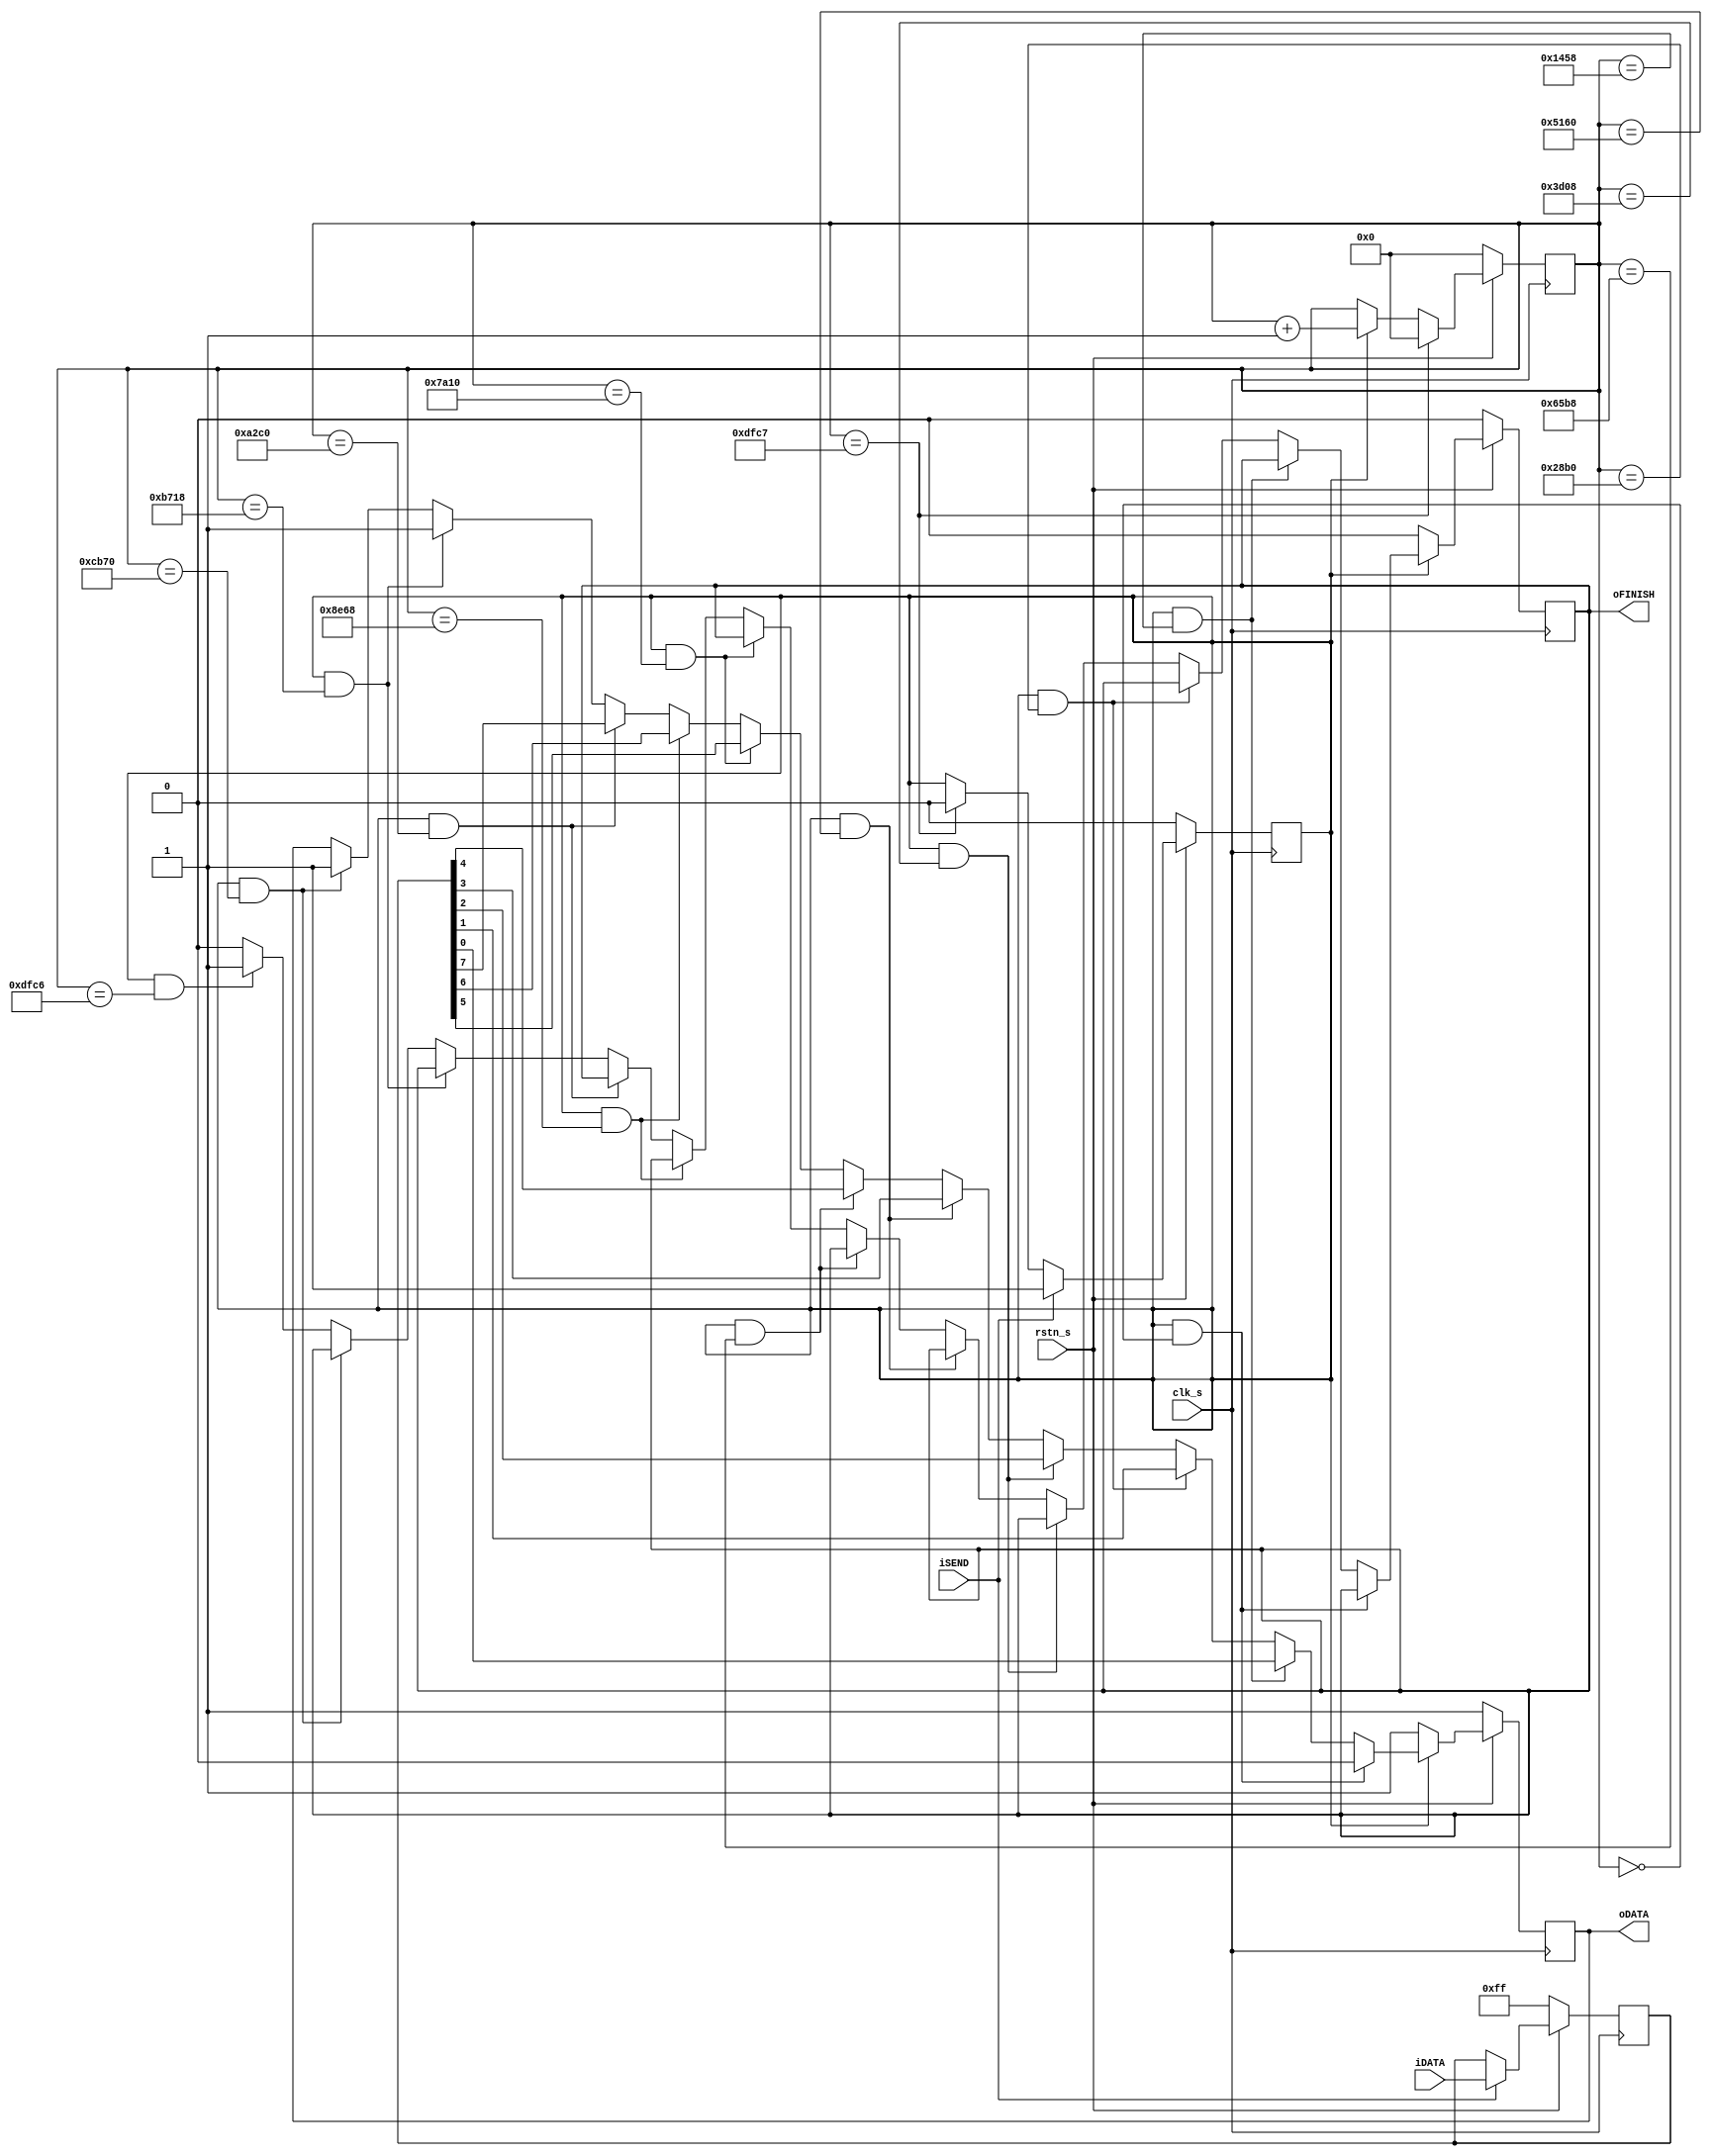
module tx_rs232
(
	input			clk_s	,
	input			rstn_s	,
	input			iSEND	,
	input	[ 7:0]	iDATA	,
	output			oDATA	,
	output			oFINISH	
);
//9600bps 	143MHz 	clkNUM_bit=(1/9600)/7ns		=	14881
//9600bps	100MHz	clkNUM_bit=(1/9600)/10ns	=	10417
//9600bps	 50MHz	clkNUM_bit=(1/9600)/20ns	=	5208
localparam		clkNUM_bit		=	5208	;
//=============== SIM ===========================================
// localparam		clkNUM_bit		=	12				;	//12 clk/bit for SIM
//===============================================================
//UART 0-START [1:8]-DATA 9-EVEN/OOD 10-STOP
//PS:9-EVEN/OOD ALWAYS 1
//Frame: 1F=(1/9600)*11=0.0011458s
localparam		clkNUM_frame	=	clkNUM_bit*11	;
reg				txDATA		;
reg		[ 7:0]	REG_DATA	;
reg		[17:0]	CNT_frame	;	//163691 clk/frame
reg				START_CNT	;
reg				F_SIG		;	//Finish Signal
//===============================================================
always@(posedge clk_s)
begin
	if(!rstn_s)
		begin
			REG_DATA	=	8'hff	;
			START_CNT	=	1'b0	;
		end
	else if(iSEND)
		begin
			REG_DATA	=	iDATA	;
			START_CNT	=	1'b1	;
		end
	else if(CNT_frame == clkNUM_frame - 1'd1)
		START_CNT	=	1'b0	;
end 
//===============================================================
always@(posedge clk_s)
begin
	if(!rstn_s)
		begin
			txDATA	=	1'b1	;
			F_SIG	=	1'b0	;
		end
	else if(!START_CNT)
		begin
			txDATA	=	1'b1	;
			F_SIG	=	1'b0	;
		end
	else if(START_CNT && CNT_frame == clkNUM_bit*0)
		txDATA	<=	1'b0	;
	else if(START_CNT && CNT_frame == clkNUM_bit*1)
		txDATA	<=	REG_DATA[0]	;
	else if(START_CNT && CNT_frame == clkNUM_bit*2)
		txDATA	<=	REG_DATA[1]	;
	else if(START_CNT && CNT_frame == clkNUM_bit*3)
		txDATA	<=	REG_DATA[2]	;
	else if(START_CNT && CNT_frame == clkNUM_bit*4)
		txDATA	<=	REG_DATA[3]	;
	else if(START_CNT && CNT_frame == clkNUM_bit*5)
		txDATA	<=	REG_DATA[4]	;
	else if(START_CNT && CNT_frame == clkNUM_bit*6)
		txDATA	<=	REG_DATA[5]	;
	else if(START_CNT && CNT_frame == clkNUM_bit*7)
		txDATA	<=	REG_DATA[6]	;
	else if(START_CNT && CNT_frame == clkNUM_bit*8)
		txDATA	<=	REG_DATA[7]	;
	else if(START_CNT && CNT_frame == clkNUM_bit*9)
		txDATA	<=	1'b1	;
	else if(START_CNT && CNT_frame == clkNUM_bit*10)
		txDATA	<=	1'b1	;
	else if(START_CNT && CNT_frame == clkNUM_frame-2'd2)
		F_SIG	<=	1'b1	;
	else
		F_SIG	<=	1'b0	;
end
//===============================================================
always@(posedge clk_s)
begin
	if(!rstn_s)
		CNT_frame	<=	18'd0	;
	else if(CNT_frame == clkNUM_frame-1'd1)
		CNT_frame	<=	18'd0	;
	else if(START_CNT)
		CNT_frame	<=	CNT_frame + 1'd1	;
end
//===============================================================
assign	oDATA	=	txDATA		;
assign	oFINISH	=	F_SIG		;
endmodule